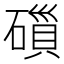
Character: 𮁁